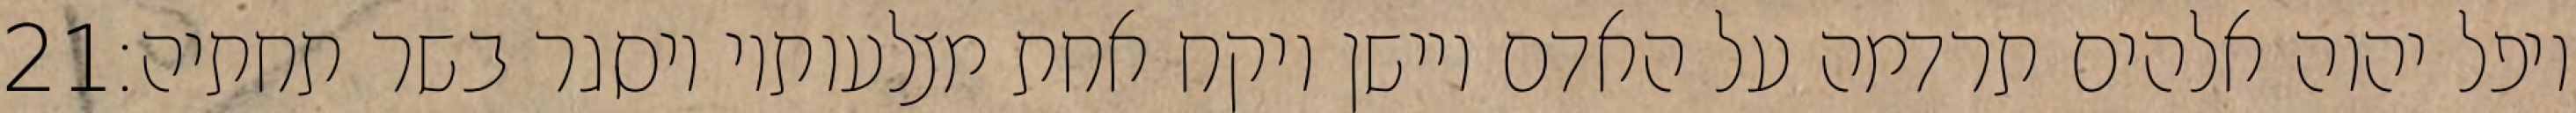
‎21‏ ויפל יהוה אלהים תרדמה על האדם ויישן ויקח אחת מצלעותיו ויסגר בשר תחתיה׃